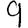
Digit: 9